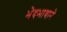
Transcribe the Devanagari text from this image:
भेदभावाने